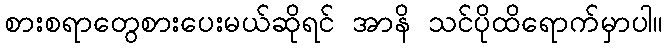
စားစရာတွေစားပေးမယ်ဆိုရင် အာနိ သင်ပိုထိရောက်မှာပါ။